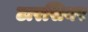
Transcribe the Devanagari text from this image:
टारसियर